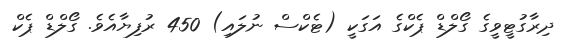
ދިރާގުޓީވީގެ ގޯލްޑް ޕެކްގެ އަގަކީ (ޓެކްސް ނުލައި) 450 ރުފިޔާއެވެ. ގޯލްޑް ޕެކް